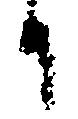
日